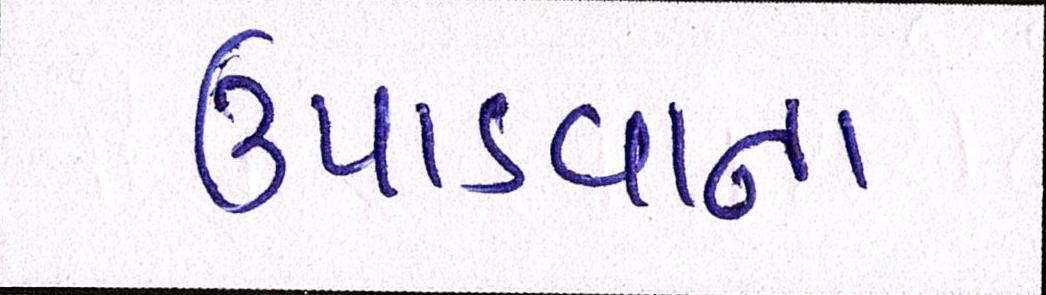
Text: ઉપાડવાના